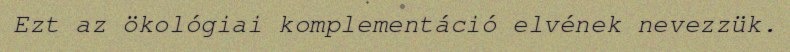
Ezt az ökológiai komplementáció elvének nevezzük.